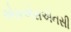
એસએસએનસી